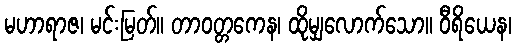
မဟာရာဇ၊ မင်းမြတ်။ တာဝတ္တကေန၊ ထိုမျှလောက်သော။ ဝီရိယေန၊